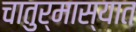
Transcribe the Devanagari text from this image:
चातुर्मास्यात